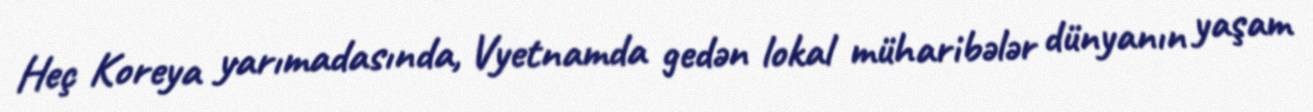
Heç Koreya yarımadasında, Vyetnamda gedən lokal müharibələr dünyanın yaşam